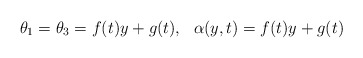
\begin{align*}\theta_{1}=\theta_{3}=f(t)y+g(t),\ \ \alpha(y,t)=f(t)y+g(t) \end{align*}